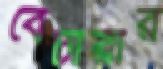
বেচারীর